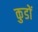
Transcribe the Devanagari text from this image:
कुडों